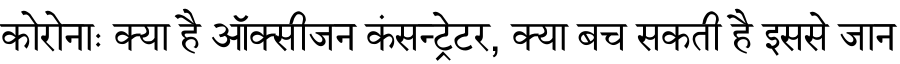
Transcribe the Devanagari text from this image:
कोरोनाः क्या है ऑक्सीजन कंसन्ट्रेटर, क्या बच सकती है इससे जान